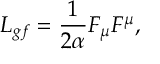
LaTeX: { \cal L } _ { g f } = \frac 1 { 2 \alpha } F _ { \mu } F ^ { \mu } ,